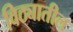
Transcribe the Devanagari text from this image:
विठ्यातील